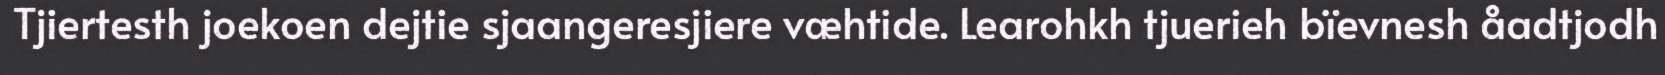
Tjiertesth joekoen dejtie sjaangeresjiere væhtide. Learohkh tjuerieh bïevnesh åadtjodh